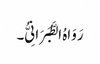
رَوَاہُ الطَّبَرَانِیُّ۔